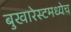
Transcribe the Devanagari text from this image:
बुखारेस्टमध्येच